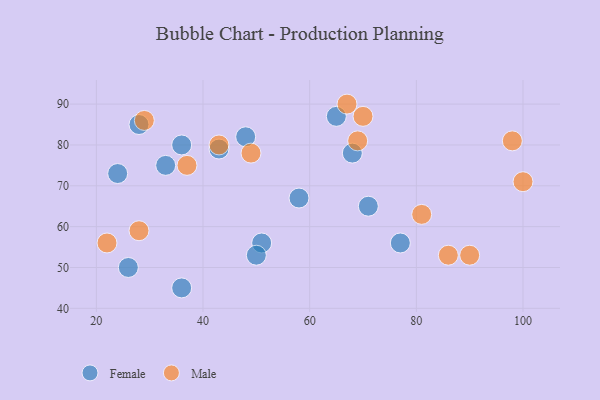
{"axis": {"x": "GDP", "y": "Life Expectancy"}, "legend": ["Female", "Male"], "data": [{"x": "48", "y": 82, "type": "Female"}, {"x": "33", "y": 75, "type": "Female"}, {"x": "36", "y": 80, "type": "Female"}, {"x": "36", "y": 45, "type": "Female"}, {"x": "71", "y": 65, "type": "Female"}, {"x": "26", "y": 50, "type": "Female"}, {"x": "51", "y": 56, "type": "Female"}, {"x": "58", "y": 67, "type": "Female"}, {"x": "65", "y": 87, "type": "Female"}, {"x": "28", "y": 85, "type": "Female"}, {"x": "43", "y": 79, "type": "Female"}, {"x": "24", "y": 73, "type": "Female"}, {"x": "77", "y": 56, "type": "Female"}, {"x": "50", "y": 53, "type": "Female"}, {"x": "68", "y": 78, "type": "Female"}, {"x": "69", "y": 81, "type": "Male"}, {"x": "49", "y": 78, "type": "Male"}, {"x": "100", "y": 71, "type": "Male"}, {"x": "37", "y": 75, "type": "Male"}, {"x": "90", "y": 53, "type": "Male"}, {"x": "28", "y": 59, "type": "Male"}, {"x": "81", "y": 63, "type": "Male"}, {"x": "98", "y": 81, "type": "Male"}, {"x": "43", "y": 80, "type": "Male"}, {"x": "67", "y": 90, "type": "Male"}, {"x": "86", "y": 53, "type": "Male"}, {"x": "70", "y": 87, "type": "Male"}, {"x": "29", "y": 86, "type": "Male"}, {"x": "22", "y": 56, "type": "Male"}]}